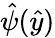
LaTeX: \hat{\psi}(\hat{y})